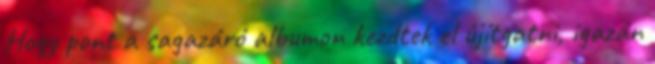
Hogy pont a sagazáró albumon kezdtek el újítgatni, igazán